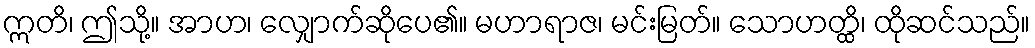
ဣတိ၊ ဤသို့။ အာဟ၊ လျှောက်ဆိုပေ၏။ မဟာရာဇ၊ မင်းမြတ်။ သောဟတ္ထိ၊ ထိုဆင်သည်။